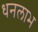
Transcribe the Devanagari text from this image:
धनलाभ